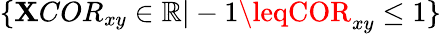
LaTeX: \{ \mathbf{X}COR_{xy}\in\mathbb{{R}}|-1\leqCOR_{xy}\leq1\}